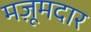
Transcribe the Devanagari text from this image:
मज़ूमदार